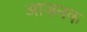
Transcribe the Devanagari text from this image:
आज़नक